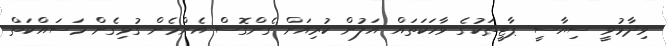
ވިދާޅުވީ ސިޔާސީ ޕާޓީތަކުގެ ވާހަކަތައް އަލުން ކުރިއަށް ގެންގޮސް އެންމެން ގުޅިގެން މަސައްކަތް